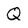
Character: Q